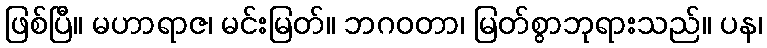
ဖြစ်ပြီ။ မဟာရာဇ၊ မင်းမြတ်။ ဘဂဝတာ၊ မြတ်စွာဘုရားသည်။ ပန၊